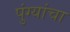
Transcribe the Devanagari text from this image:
पुंग्यांचा